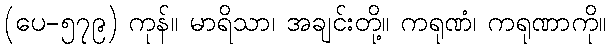
(ပေ-၅၇၉) ကုန်။ မာရိသာ၊ အချင်းတို့။ ကရုဏံ၊ ကရုဏာကို။